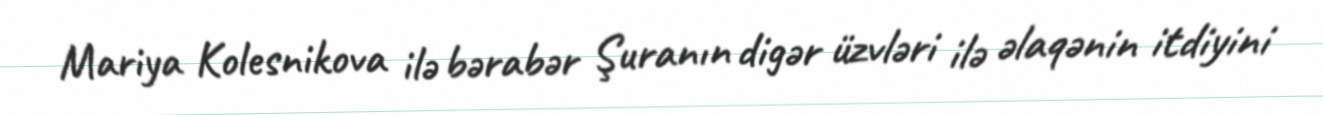
Mariya Kolesnikova ilə bərabər Şuranın digər üzvləri ilə əlaqənin itdiyini